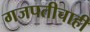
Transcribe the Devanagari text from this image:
गजपतीचाही